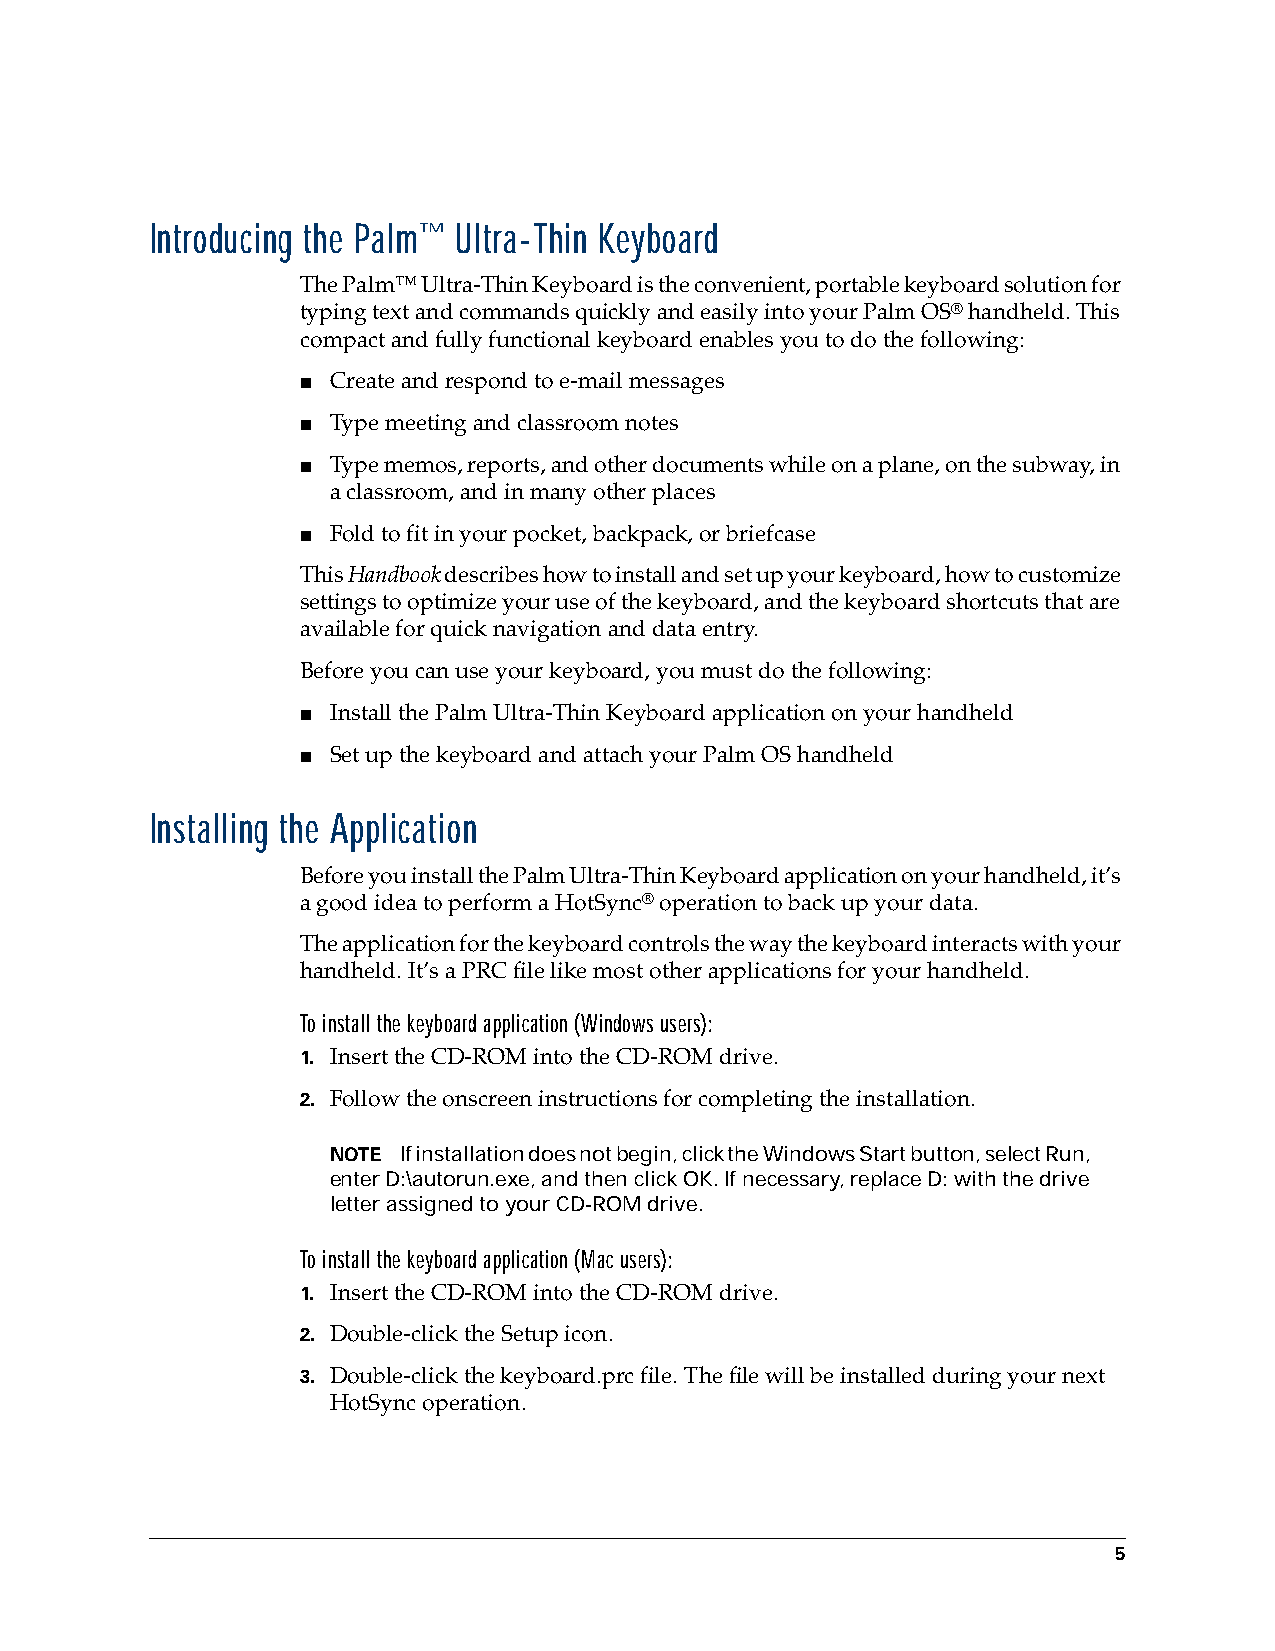
Introducing the Palm™ Ultra-Thin Keyboard
 The Palm™ Ultra-Thin Keyboard is the convenient, portable keyboard solution for
 typing text and commands quickly and easily into your Palm OS® handheld. This
 compact and fully functional keyboard enables you to do the following:
 ■ Create and respond to e-mail messages
 ■ Type meeting and classroom notes
 ■ Type memos, reports, and other documents while on a plane, on the subway, in
 a classroom, and in many other places
 ■ Fold to fit in your pocket, backpack, or briefcase
 This Handbook describes how to install and set up your keyboard, how to customize
 settings to optimize your use of the keyboard, and the keyboard shortcuts that are
 available for quick navigation and data entry.
 Before you can use your keyboard, you must do the following:
 ■ Install the Palm Ultra-Thin Keyboard application on your handheld
 ■ Set up the keyboard and attach your Palm OS handheld
 Installing the Application
 Before you install the Palm Ultra-Thin Keyboard application on your handheld, it’s
 a good idea to perform a HotSync® operation to back up your data.
 The application for the keyboard controls the way the keyboard interacts with your
 handheld. It’s a PRC file like most other applications for your handheld.
 To install the keyboard application (Windows users):
 1. Insert the CD-ROM into the CD-ROM drive.
 2. Follow the onscreen instructions for completing the installation.
 NOTE If installation does not begin, click the Windows Start button, select Run,
 enter D:\autorun.exe, and then click OK. If necessary, replace D: with the drive
 letter assigned to your CD-ROM drive.
 To install the keyboard application (Mac users):
 1. Insert the CD-ROM into the CD-ROM drive.
 2. Double-click the Setup icon.
 3. Double-click the keyboard.prc file. The file will be installed during your next
 HotSync operation.
 5